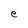
Character: e